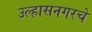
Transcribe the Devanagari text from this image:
उल्हासनगरचे